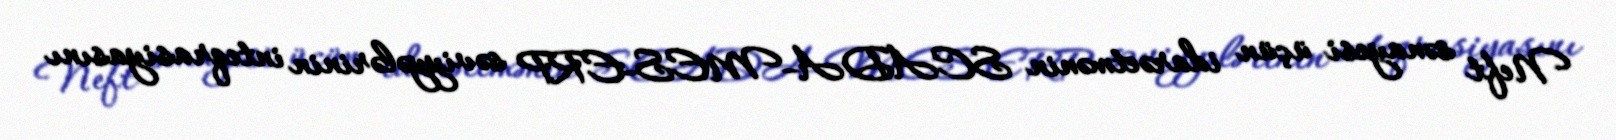
Neft sənayesi üçün idarəetmənin SCADA–MES-ERP səviyyələrinin inteqrasiyasını